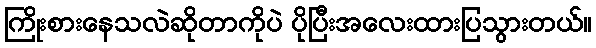
ကြိုးစားနေသလဲဆိုတာကိုပဲ ပိုပြီးအလေးထားပြသွားတယ်။